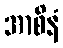
အာစိနံ